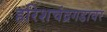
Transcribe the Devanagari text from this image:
हरिशचंद्रगडावर